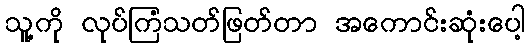
သူ့ကို လုပ်ကြံသတ်ဖြတ်တာ အကောင်းဆုံးပေါ့